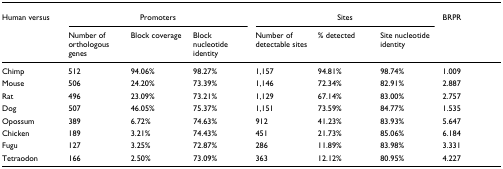
<table><thead><tr><td><b>Human versus</b></td><td colspan="3"><b>Promoters</b></td><td colspan="3"><b>Sites</b></td><td><b>BRPR</b></td></tr><tr><td></td><td><b>Number of orthologous genes</b></td><td><b>Block coverage</b></td><td><b>Block nucleotide identity</b></td><td><b>Number of detectable sites</b></td><td><b>% detected</b></td><td><b>Site nucleotide identity</b></td><td></td></tr></thead><tbody><tr><td>Chimp</td><td>512</td><td>94.06%</td><td>98.27%</td><td>1,157</td><td>94.81%</td><td>98.74%</td><td>1.009</td></tr><tr><td>Mouse</td><td>506</td><td>24.20%</td><td>73.39%</td><td>1,146</td><td>72.34%</td><td>82.91%</td><td>2.887</td></tr><tr><td>Rat</td><td>496</td><td>23.09%</td><td>73.21%</td><td>1,129</td><td>67.14%</td><td>83.00%</td><td>2.757</td></tr><tr><td>Dog</td><td>507</td><td>46.05%</td><td>75.37%</td><td>1,151</td><td>73.59%</td><td>84.77%</td><td>1.535</td></tr><tr><td>Opossum</td><td>389</td><td>6.72%</td><td>74.63%</td><td>912</td><td>41.23%</td><td>83.93%</td><td>5.647</td></tr><tr><td>Chicken</td><td>189</td><td>3.21%</td><td>74.43%</td><td>451</td><td>21.73%</td><td>85.06%</td><td>6.184</td></tr><tr><td>Fugu</td><td>127</td><td>3.25%</td><td>72.87%</td><td>286</td><td>11.89%</td><td>83.98%</td><td>3.331</td></tr><tr><td>Tetraodon</td><td>166</td><td>2.50%</td><td>73.09%</td><td>363</td><td>12.12%</td><td>80.95%</td><td>4.227</td></tr></tbody></table>